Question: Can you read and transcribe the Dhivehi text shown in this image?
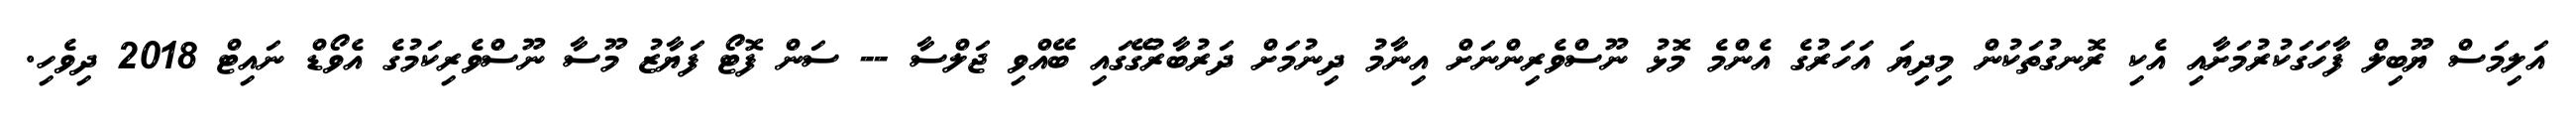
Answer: އަލިމަސް ޔޫބިލް ފާހަގަކުރުމަށާއި އެކި ރޮނގުތަކުން މިދިޔަ އަހަރުގެ އެންމެ މޮޅު ނޫސްވެރިންނަށް އިނާމު ދިނުމަށް ދަރުބާރުގޭގައި ބޭއްވި ޖަލްސާ -- ސަން ފޮޓޯ ފަޔާޒު މޫސާ ނޫސްވެރިކަމުގެ އެވޯޑް ނައިޓް 2018 ދިވެހި.